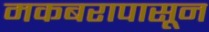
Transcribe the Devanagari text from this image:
मकबरापासून